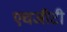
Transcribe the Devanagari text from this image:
एचजीटी